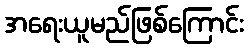
အရေးယူမည်ဖြစ်ကြောင်း